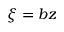
\xi = b z